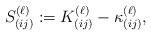
LaTeX: \begin{align*}S_{(ij)}^{(\ell)}:=K_{(ij)}^{(\ell)} -\kappa_{(ij)}^{(\ell)},\end{align*}